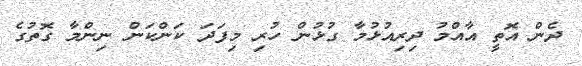
ދެން އޮތީ އާއްމު ދިރިއުޅުމާ ގުޅުން ހުރި މިފަދަ ކަންކަން ނިންމާ ގޮތުގެ